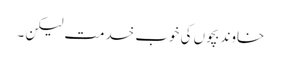
خاوند بچوں کی خوب خدمت لیکن ۔